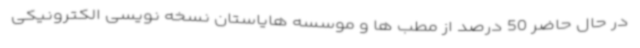
در حال حاضر 50 درصد از مطب ها و موسسه هایاستان نسخه نویسی الکترونیکی